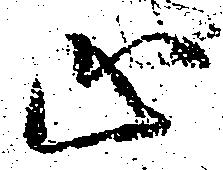
止